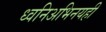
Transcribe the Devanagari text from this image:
ध्वनिअभिनयही